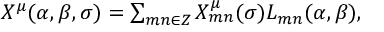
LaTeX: \begin{array} { l c r } { { X ^ { \mu } ( \alpha , \beta , \sigma ) = \sum _ { m n \in { Z } } X _ { m n } ^ { \mu } ( \sigma ) L _ { m n } ( \alpha , \beta ) , } } \end{array}